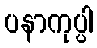
ပနာကုပ္ပါ